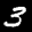
Label: 3